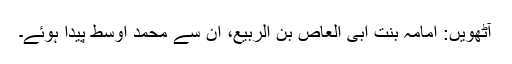
آٹھویں: اُمامہ بنت ابی العاص بن الربیع، ان سے محمد اوسط پیدا ہوئے۔